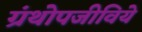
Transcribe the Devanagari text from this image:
ग्रंथोपजीविये